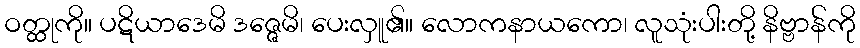
ဝတ္ထုကို။ ပဋိယာဒေမိ ဒဇ္ဇေမိ၊ ပေးလှူ၏။ လောကနာယကော၊ လူသုံးပါးတို့ နိဗ္ဗာန်ကို